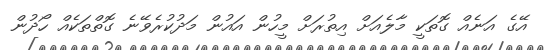
އޭގެ އަނެއް ގޮތަކީ މާލެއަށް އިތުރަށް މީހުން އައުން މަދުކުރެވޭނެ ގޮތްތަކެއް ހޯދުން